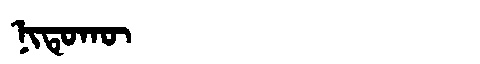
Manchu: ᠨᡳᡨᡠᡴᡡ
Romanization: NITUKŪ